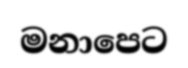
මනාපෙට